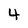
Character: 4